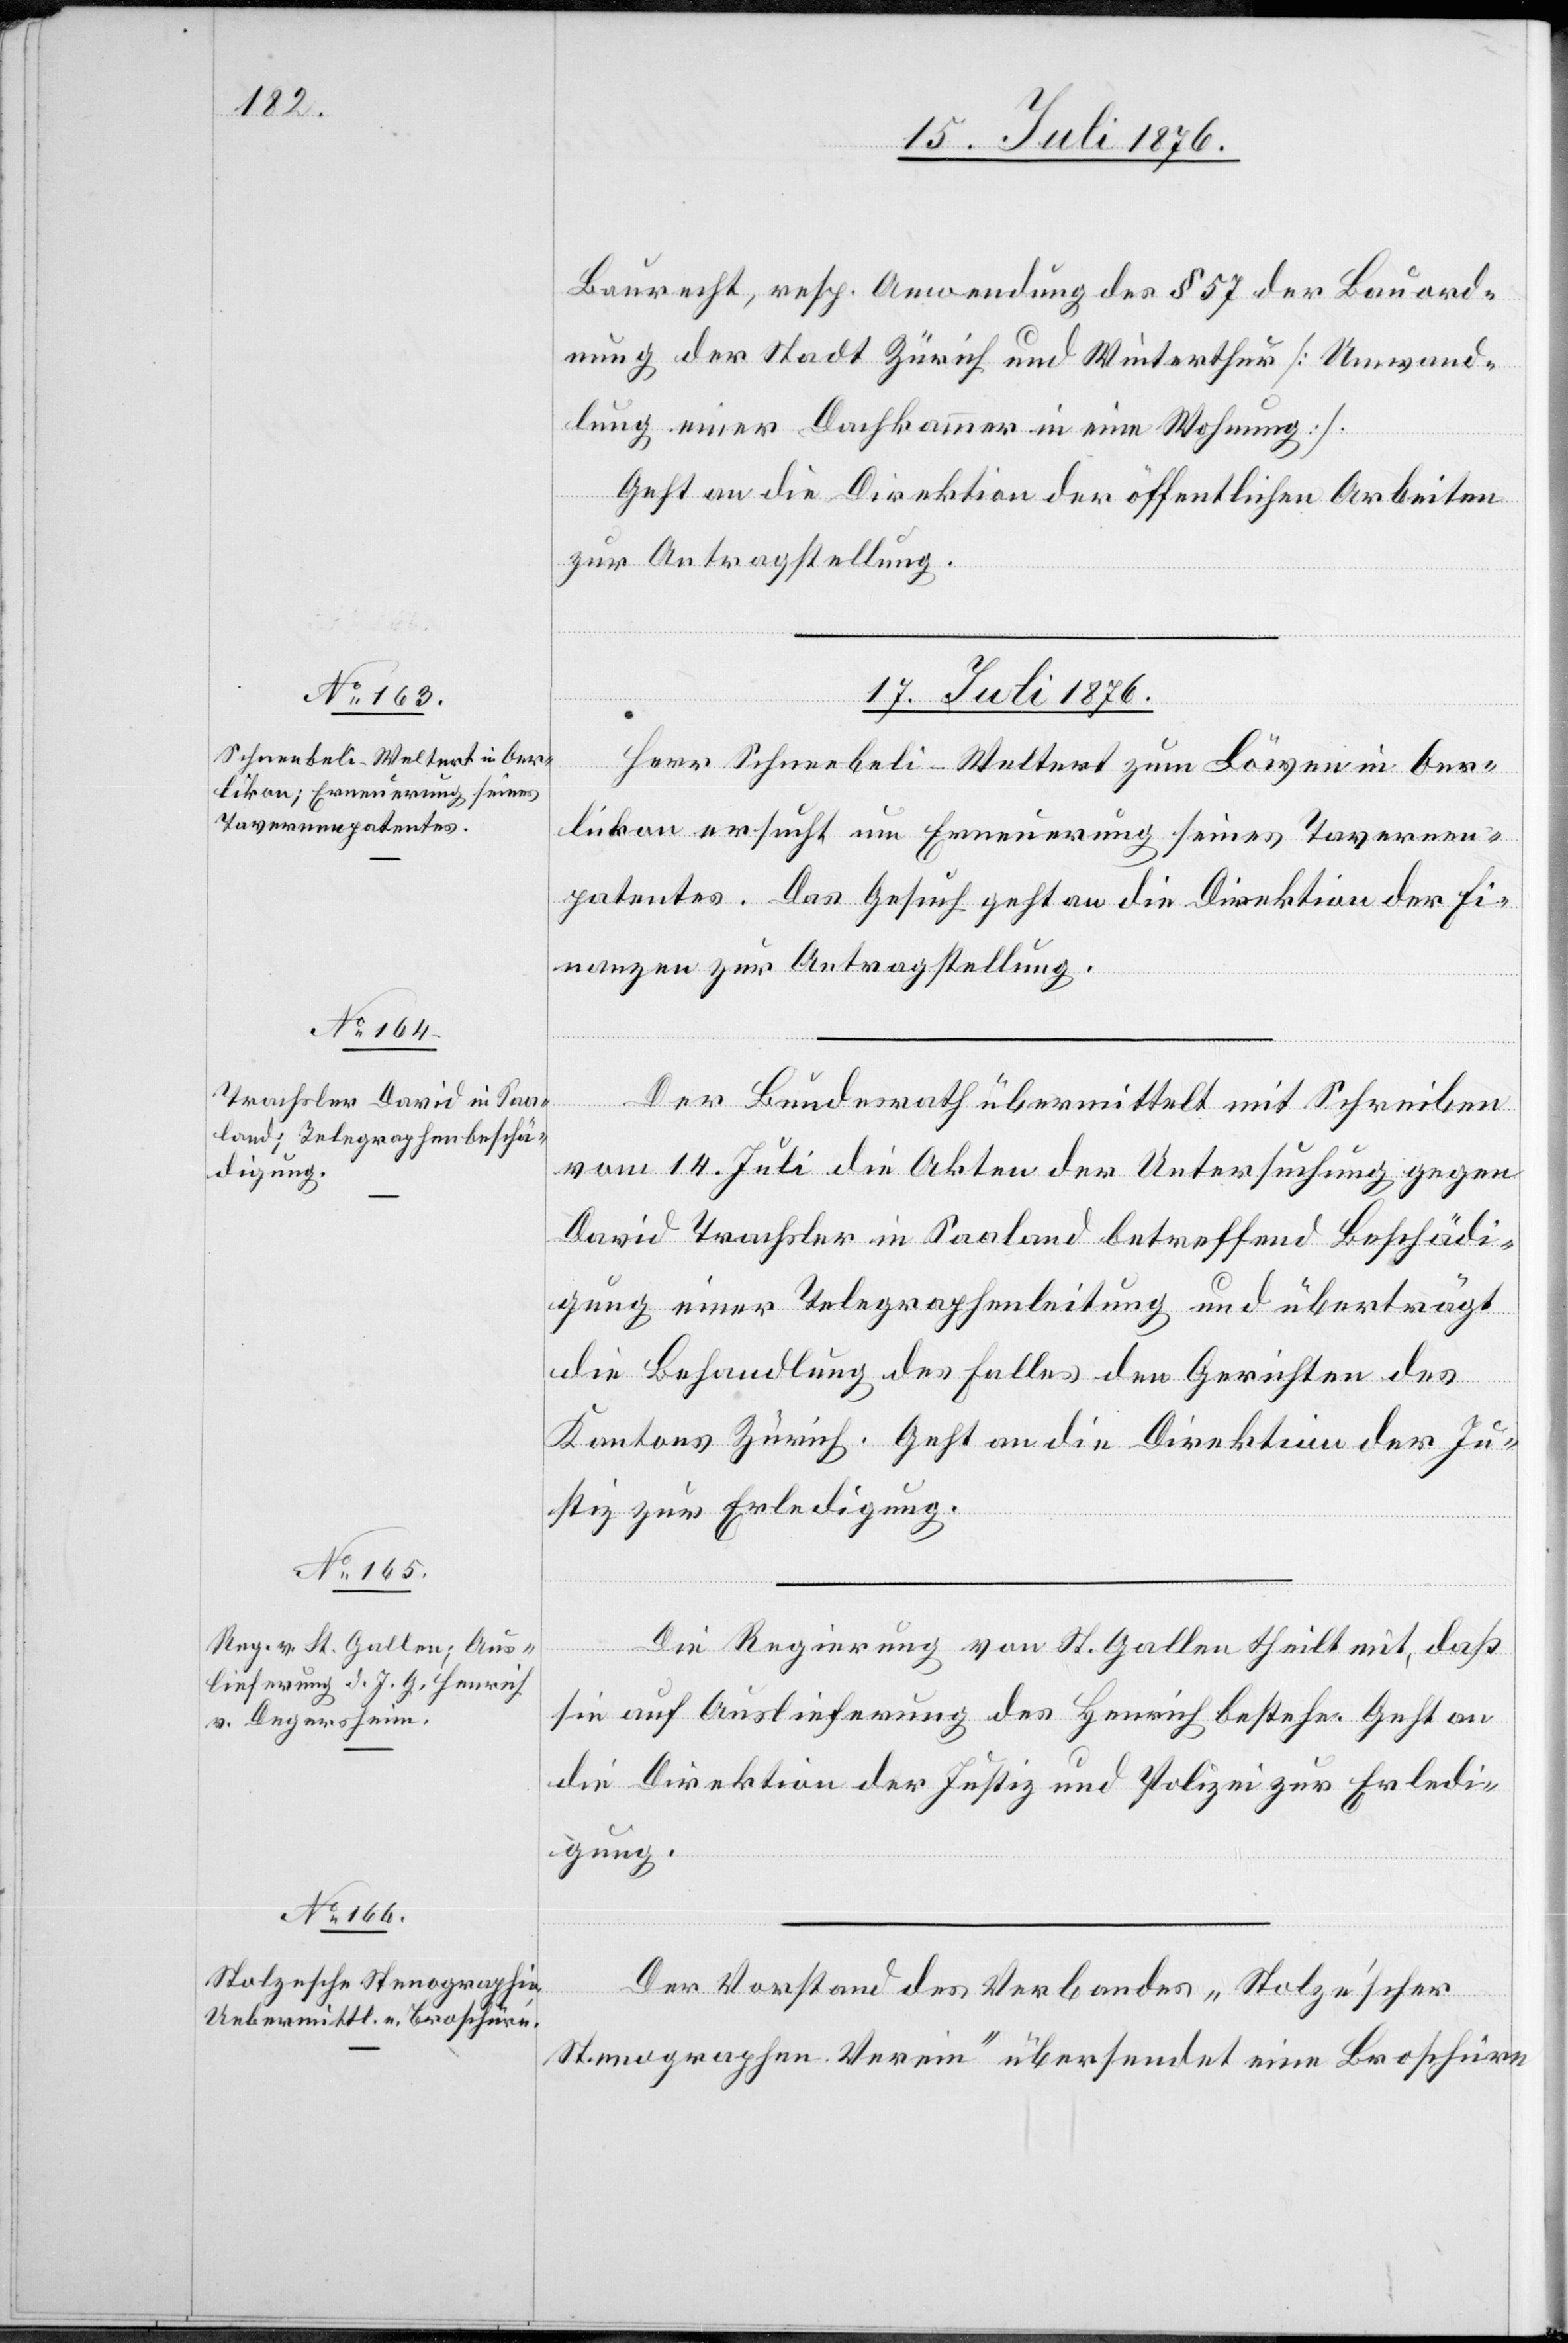
Baurecht, resp. Anwendung des § 57 der Bauord¬
nung der Stadt Zürich und Winterthur [Umwand¬
lung einer Dachkammer in eine Wohnung].
Geht an die Direktion der öffentlichen Arbeiten
zur Antragstellung.
17. Juli 1876.]
Herr Schneebeli-Weltert zum Löwen in Oer¬
likon ersucht um Erneuerung seines Tavernen¬
patentes. Das Gesuch geht an die Direktion der Fi¬
nanzen zur Antragstellung.
Der Bundesrath übermittelt mit Schreiben
vom 14. Juli die Akten der Untersuchung gegen
David Trachsler in Saaland betreffend Beschädi¬
gung einer Telegraphenleitung und überträgt
die Behandlung des Falles den Gerichten des
Kantons Zürich. Geht an die Direktion der Ju¬
stiz zur Erledigung.
Die Regierung von St. Gallen theilt mit, daß
sie auf Auslieferung des Heinrich bestehe. Geht an
die Direktion der Justiz und Polizei zur Erledi¬
gung.
Der Vorstand des Verbandes „Stolze’scher
Stenographen Verein“ übersendet eine Broschüre